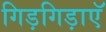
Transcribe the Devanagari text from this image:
गिड़गिड़ाएॅ